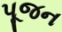
પૂજન